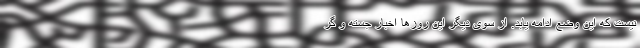
نیست که این وضع ادامه یابد. از سوی دیگر این روزها اخبار جسته و گر